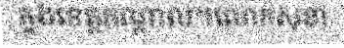
ក្នុងខេត្តកណ្តាល។លោកសុខា